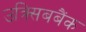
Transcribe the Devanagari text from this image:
उक्र्सिबबैंक